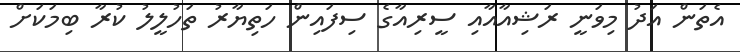
އެތަން އަދު މިވަނީ ރަޝިއާއާއި ސީރިއާގެ ސިފައިން ހަތިޔާރު ތަހުލީލު ކުރާ ބިމަކަށް